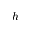
h